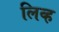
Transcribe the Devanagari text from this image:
लिव्ह